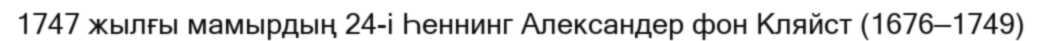
1747 жылғы мамырдың 24-і Һеннинг Александер фон Кляйст (1676—1749)